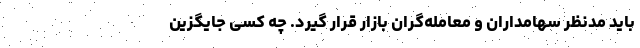
باید مدنظر سهامداران و معامله‌گران بازار قرار گیرد. چه کسی جایگزین